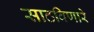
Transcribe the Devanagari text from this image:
साठविणारे